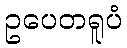
ဥပေတရူပံ